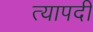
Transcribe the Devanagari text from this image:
त्यापदी